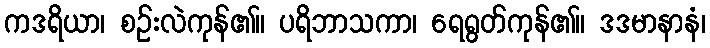
ကဒရိယာ၊ စဉ်းလဲကုန်၏။ ပရိဘာသကာ၊ ရေရွတ်ကုန်၏။ ဒဒမာနာနံ၊